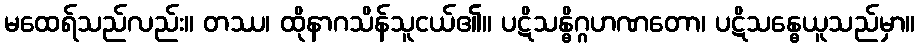
မထေရ်သည်လည်း။ တဿ၊ ထိုနာဂသိန်သူငယ်၏။ ပဋိသန္ဓိဂ္ဂဟဏတော၊ ပဋိသန္ဓေယူသည်မှာ။